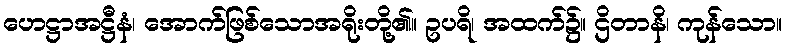
ဟေဋ္ဌာအဋ္ဌီနံ၊ အောက်ဖြစ်သောအရိုးတို့၏။ ဥပရိ၊ အထက်၌။ ဌိတာနိ၊ ကုန်သော။